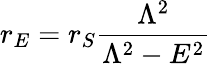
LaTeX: r_{E}=r_{S}\frac{\Lambda^{2}}{\Lambda^{2}-E^{2}}